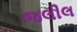
જલીલ